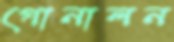
গোনালন